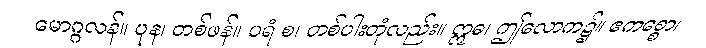
မောဂ္ဂလန်။ ပုန၊ တစ်ဖန်။ ပရံ စ၊ တစ်ပါးတုံလည်း။ ဣဓ၊ ဤလောက၌။ ဧကစ္စော၊